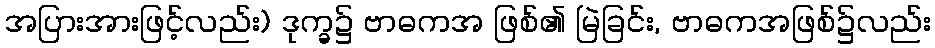
အပြားအားဖြင့်လည်း) ဒုက္ခ၌ ဗာဓကအ ဖြစ်၏ မြဲခြင်း, ဗာဓကအဖြစ်၌လည်း